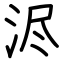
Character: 浕